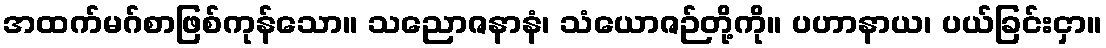
အထက်မဂ်စာဖြစ်ကုန်သော။ သညောဇနာနံ၊ သံယောဇဉ်တို့ကို။ ပဟာနာယ၊ ပယ်ခြင်းငှာ။